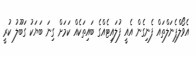
އެވޯލްޕެނަލްތައް ފެނިގެން އެއީ ފުލައިޓެއްގެ ބައިތަކެއް ކަމަށް ގިނަ ބަޔަކު ގަބޫލު ކުރީ